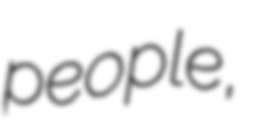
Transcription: people,